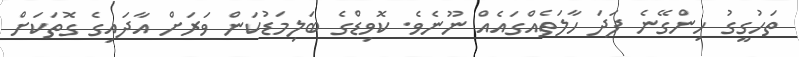
ތަހުގީގު ހިންގޭނެ ފަދަ ހާލަތެއްގައެއް ނޫނެވެ. ކޮވިޑްގެ ބަލިމަޑުކަން ވަަރަށް އާދައިގެ ގޮތަކަށް